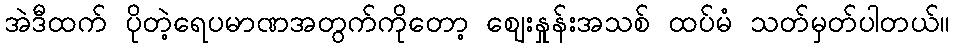
အဲဒီထက် ပိုတဲ့ရေပမာဏအတွက်ကိုတော့ ဈေးနှုန်းအသစ် ထပ်မံ သတ်မှတ်ပါတယ်။